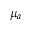
\mu _ { a }